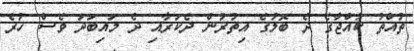
ތުއްތު ކުއްޖާގެ ދެ ބޮލުގެ އިތުރުން ދެކަރާއި ދެ މައިބަދަ ވެސް ހުރެ